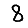
Digit: 8